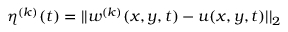
\eta ^ { ( k ) } ( t ) = | | w ^ { ( k ) } ( x , y , t ) - u ( x , y , t ) | | _ { 2 }